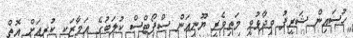
ހުސައިން ޝަރީފު ވިދާޅުވީ މަތިވެރީ ޔޫނިއަން ސްޕޯޓްސް ކުލަބުގެ އަމާޒަކީ ކުރިއަށް އޮތް